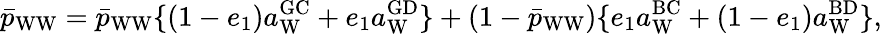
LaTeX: \bar{p}_{\mathrm{WW}}=\bar{p}_{\mathrm{WW}}\{ (1-e_{1})a_{\mathrm{W}}^{\mathrm{GC}}+e_{1}a_{\mathrm{W}}^{\mathrm{GD}}\} +(1-\bar{p}_{\mathrm{WW}})\{ e_{1}a_{\mathrm{W}}^{\mathrm{BC}}+(1-e_{1})a_{\mathrm{W}}^{\mathrm{BD}}\} ,